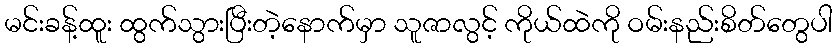
မင်းခန့်ထူး ထွက်သွားပြီးတဲ့နောက်မှာ သူဇာလွင့် ကိုယ်ထဲကို ဝမ်းနည်းစိတ်တွေပါ